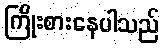
ကြိုးစားနေပါသည်